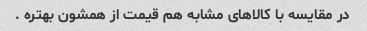
در مقایسه با کالاهای مشابه هم قیمت از همشون بهتره .